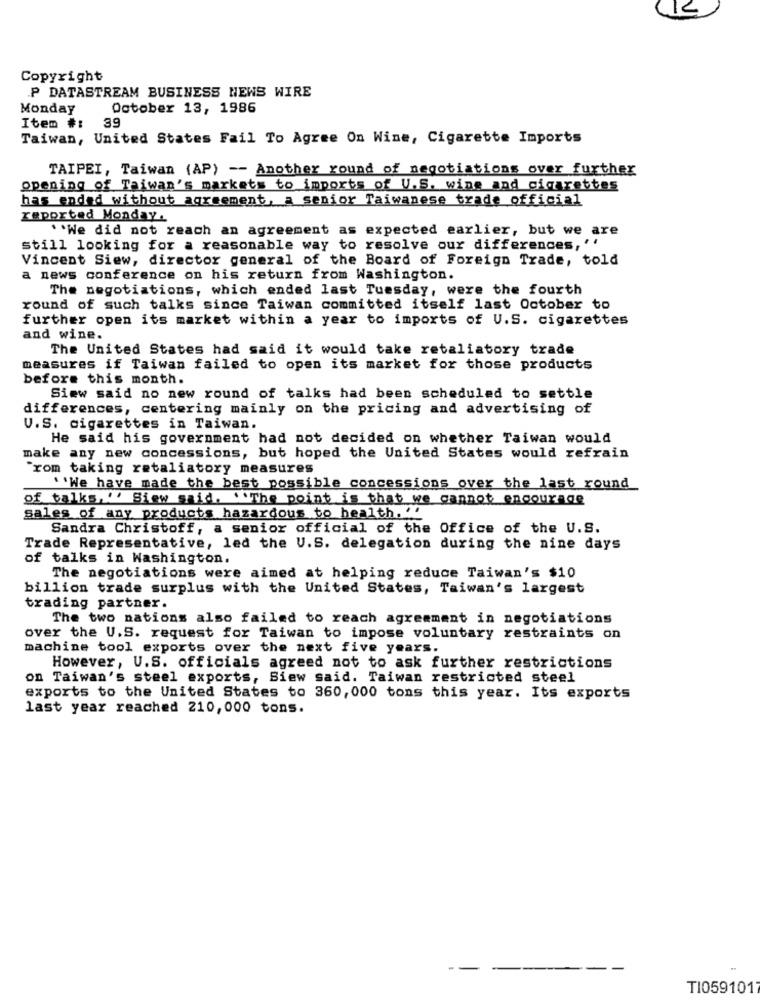
Copyright
P DATASTREAM BUSINESS NEWS WIRE
Monday
October 13, 1986
39
Item #:
Taiwan, United States Fail To Agree On Wine, Cigarette Imports
TAIPEI, Taiwan (AP) -- Another round of negotiations over further
opening of Taiwan's markets to imports of U.S. wine and cigarettes
has ended without agreement, a senior Taiwanese trade official
reported Monday .
``We did not reach an agreement as expected earlier, but we are
still looking for a reasonable way to resolve our differences, ''
Vincent Siew, director general of the Board of Foreign Trade, told
a news conference on his return from Washington.
The negotiations, which ended last Tuesday, were the fourth
round of such talks since Taiwan committed itself last October to
further open its market within a year to imports of U.S. cigarettes
and wine.
The United States had said it would take retaliatory trade
measures if Taiwan failed to open its market for those products
before this month.
Siew said no new round of talks had been scheduled to settle
differences, centering mainly on the pricing and advertising of
V.S. cigarettes in Taiwan.
He said his government had not decided on whether Taiwan would
make any new concessions, but hoped the United States would refrain
rom taking retaliatory measures
``We have made the best possible concessions over the last round
of talks, "' Siew said. ''The point is that we cannot encourage
sales of any products hazardous to health. ''
Sandra Christoff, a senior official of the Office of the U.S.
Trade Representative, led the U.S. delegation during the nine days
of talks in Washington.
The negotiations were aimed at helping reduce Taiwan's $10
billion trade surplus with the United States, Taiwan's largest
trading partner.
The two nations also failed to reach agreement in negotiations
over the U.S. request for Taiwan to impose voluntary restraints on
machine tool exports over the next five years.
However, U.S. officials agreed not to ask further restrictions
on Taiwan's steel exports, Siew said. Taiwan restricted steel
exports to the United States to 360,000 tons this year. Its exports
last year reached 210,000 tons.
--
---
---
TI0591017